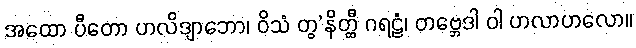
အထော ပီတော ဟလိဒျာဘော၊ ဝိသံ တွ’နိတ္ထီ ဂရဠံ၊ တဗ္ဘေဒါ ဝါ ဟလာဟလော။